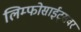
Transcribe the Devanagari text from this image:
लिम्फोसाईट्सवर